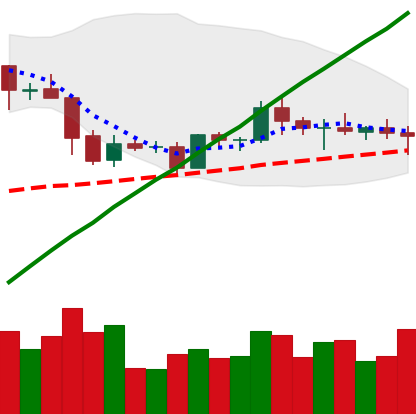
Ticker: EOS-USD
Chart end date: 2019-05-10
Forward return: 34.346%
Label: up_7plus